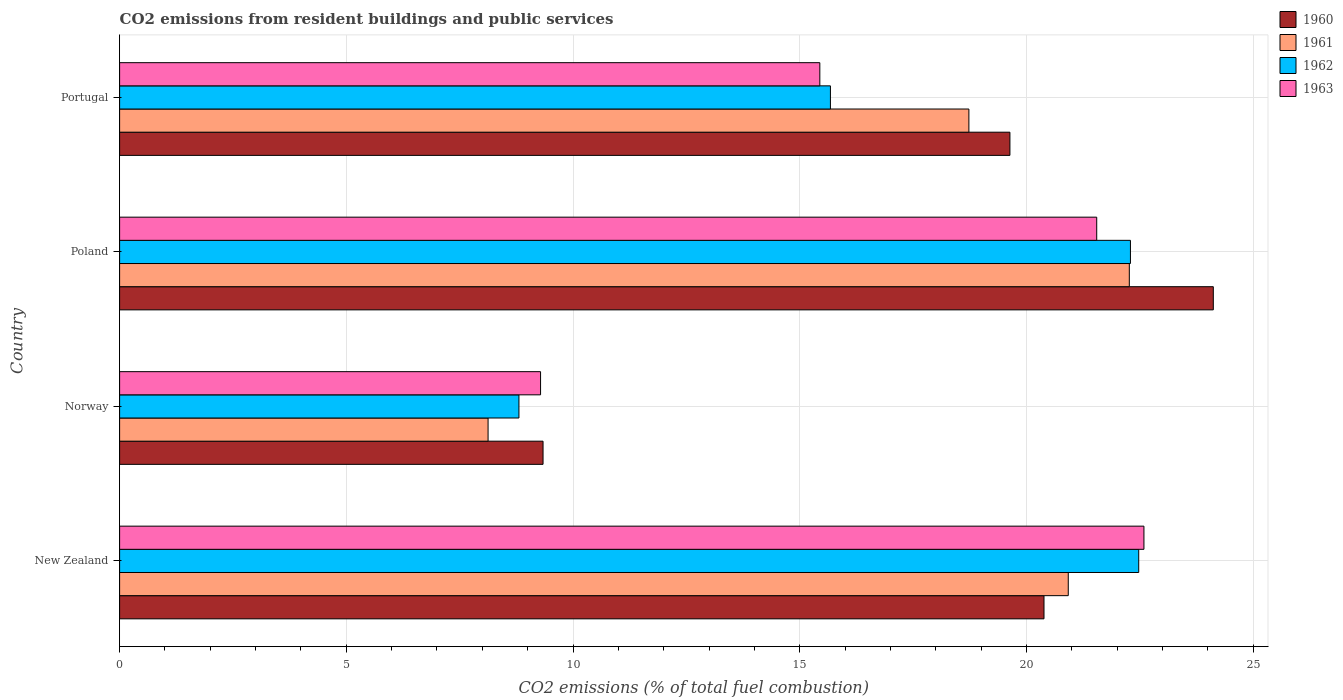
| Country | 1960 | 1961 | 1962 | 1963 |
 | --- | --- | --- | --- | --- |
 | New Zealand | 20.4 | 20.9 | 22.5 | 22.6 |
 | Norway | 9.34 | 8.13 | 8.81 | 9.28 |
 | Poland | 24.1 | 22.3 | 22.3 | 21.6 |
 | Portugal | 19.6 | 18.7 | 15.7 | 15.4 |